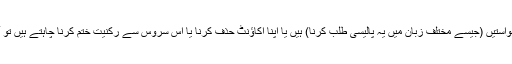
اگر آپ کے پاس استعمال کی عمومی شرائط یا رازداری کے اعمال سے متعلق کوئی سوالات، تبصرے، یا درخواستیں (جیسے مختلف زبان میں یہ پالیسی طلب کرنا) ہیں یا اپنا اکاؤنٹ حذف کرنا یا اس سروس سے رکنیت ختم کرنا چاہتے ہیں تو آپ اپنے پروگرام کے منتظم سے یا webmaster@workplaceoptions.com پر رابطہ کرسکتے ہیں۔